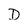
Character: D